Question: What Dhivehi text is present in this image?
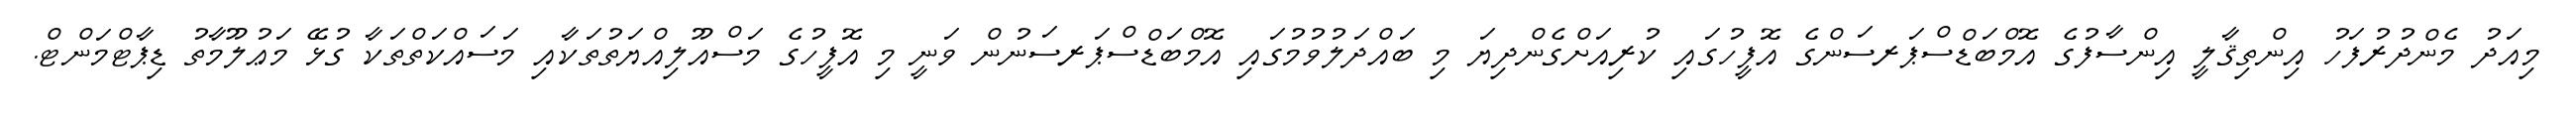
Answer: މިއަދު މެންދުރުފަހު އިންތިޤާލީ އިންސާފުގެ އޮމްބަޑްސްޕަރސަންގެ އޮފީހުގައި ކުރިއަށްގެންދިޔަ މި ބައްދަލުވުމުގައި އޮމްބަޑްސްޕަރސަނުން ވަނީ މި އޮފީހުގެ މަސްއޫލިއްޔަތުތަކާއި މަސައްކަތްތަކާ ގުޅޭ މަޢުލޫމާތު ޑިޕާޓްމަންޓް.